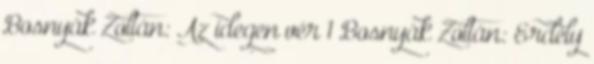
Bosnyák Zoltán: Az idegen vér 1 Bosnyák Zoltán: Erdély